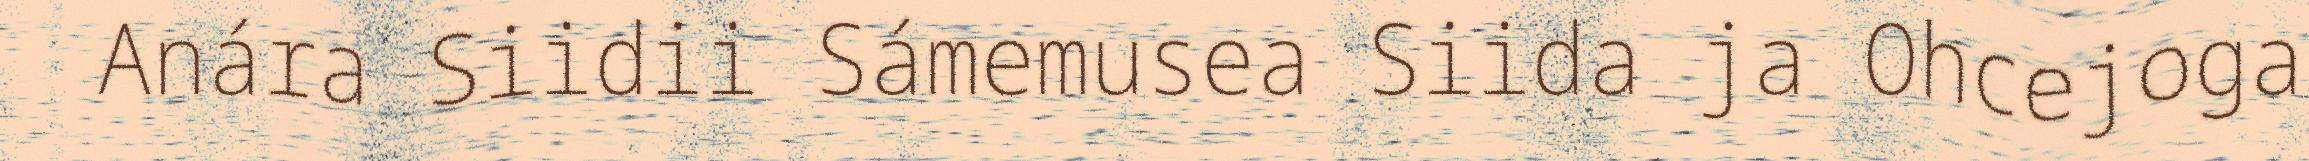
Anára Siidii Sámemusea Siida ja Ohcejoga